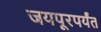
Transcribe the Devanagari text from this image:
जयपूरपर्यंत